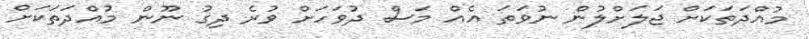
މުއްދަތަކަށް ޖަލަށްލުން ނުވަތަ އެއް މަސް ދުވަހަށް ވުރެ ދިގު ނޫން މުއްދަތަކަށް